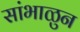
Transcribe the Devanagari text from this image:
सांभाळुन